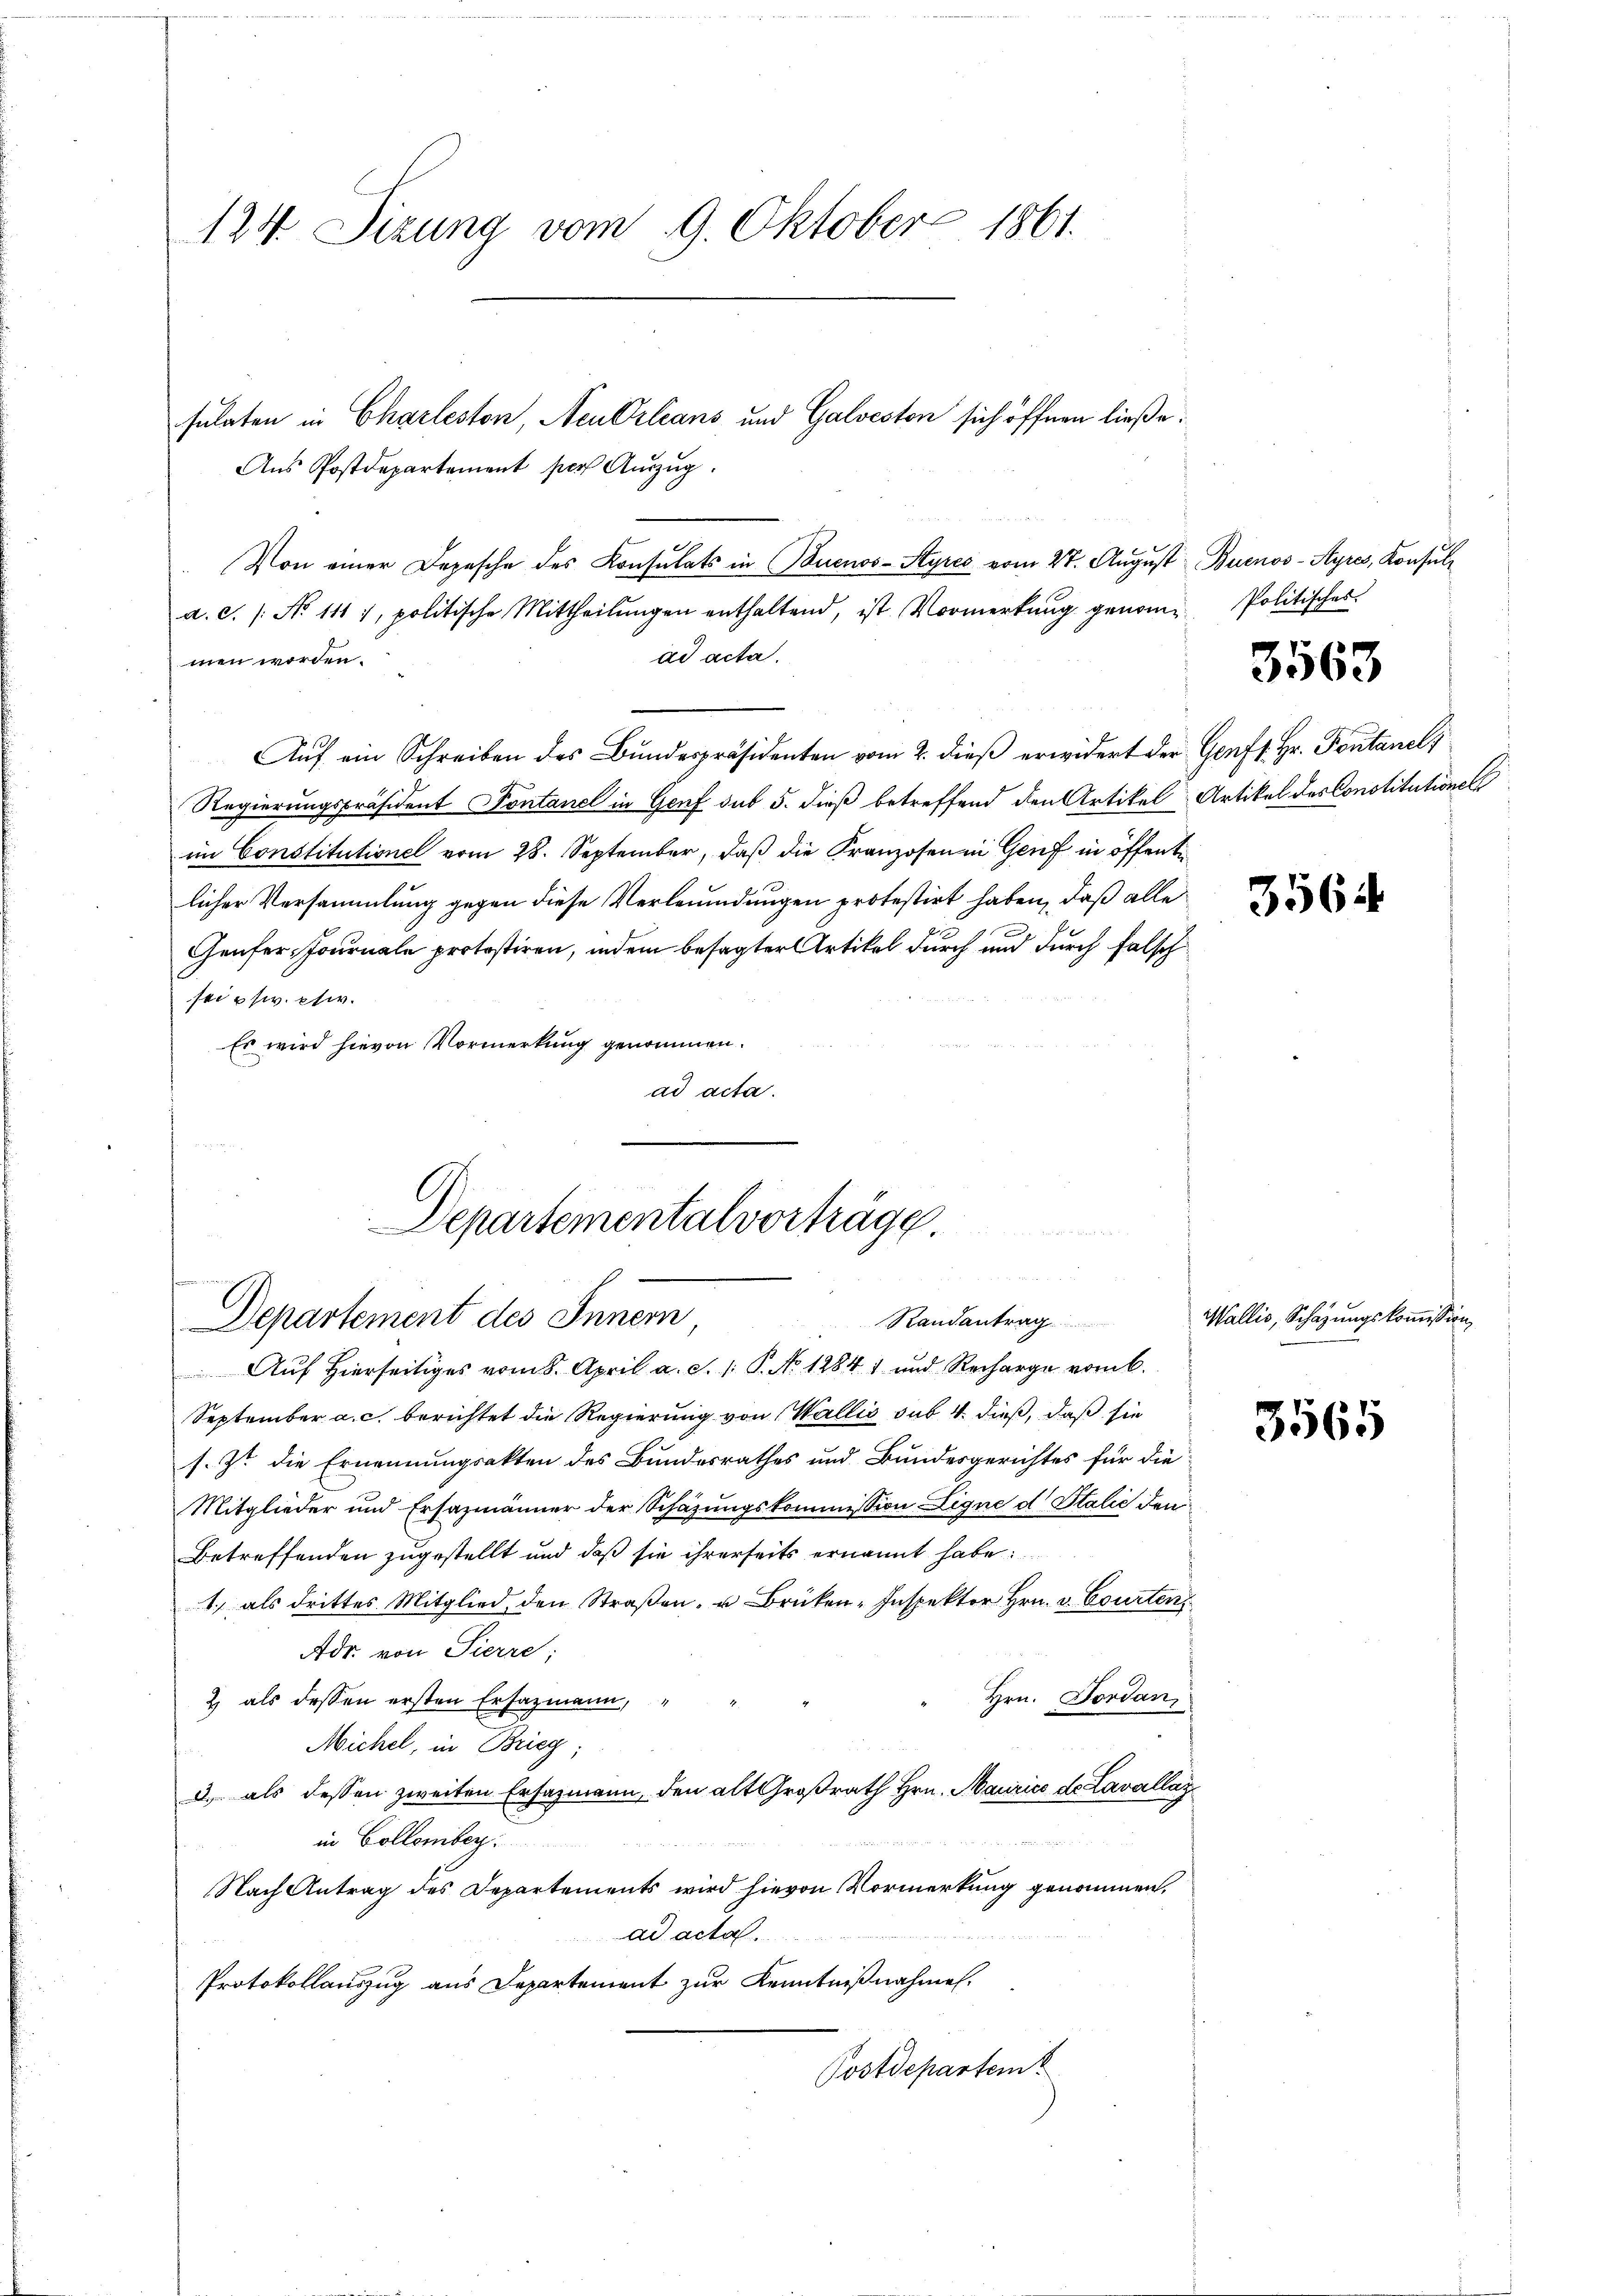
124 Sizung vom 9. Oktober 1861.

a. c. /: No 111 7, politische Mittheilungen enthaltend, ist Vormerkung genome Politisches
ad acta.
men worden.
Aŭf ein Schreiben des Bundespräsidenten vom 2. dieß erwidert der Genf s. Hr. Pontanel
Regierungspräsident Pontanel in Genf sub 5. dieß betreffend den Artikel Artikel des Constitutionell
im Constitutionel vom 28. September, daß die Franzosen in Genf in öffentlicher Versammlung gegen diese Verleumdungen protestirt haben, daß alle
Genfer, Journale protestiren, indem besagter Artikel durch und durch falschsti usw. etw
Es wird hievon Vormerkung genommen.
ad acta.
.
e

sulaten in Charleston, Neu Orleans und Galveston sich öffnen ließe.
Aus Postdepartement per Auszug.

.
Separtementalvorträge.
 der Hand e
 XX 2 2
de Peten
Randantrag
Departement des Inner,

Von einer Depesche des Konsulats in Buenos-Styres vom 27. August Buenos-Ayres, Konsul¬

Auf hierseitiges vom 8. April a. S. 1: P. No 1284. 1 und Recharge vom 6.
September a. c. berichtet die Regierung von Wallis sub. 4. dieß, daß sie
s. Zt. die Ernennungsakten des Bundesrathes und Bundesgerichtes für die
Mitglieder und Ersazmänner der Schazungskommission Ligne d. Stalić den
Betreffenden zugestellt und daß sie ihrerseits ernannt habe:
1) als drittes Mitglied den Straβen- u Brüken-Inspektor Hrn. v. Courten
Adr. von Sierre;
2 als dessen ersten Ersazmann,
Michel, in Brieg
.
3) als dessen zweiten Ersatzmann, den alt Großrath Hrn. Maurice de Lavallaz
in Collenber
Nach Antrag des Departements wird hievon Vormerkung genommen,
ad acta.
Protokollauszug aus Departement zur Kenntnißnahmen.
Postdepartem

Hrn. Fordan

3563

3564

Wallis, Schazungskommission,

3565